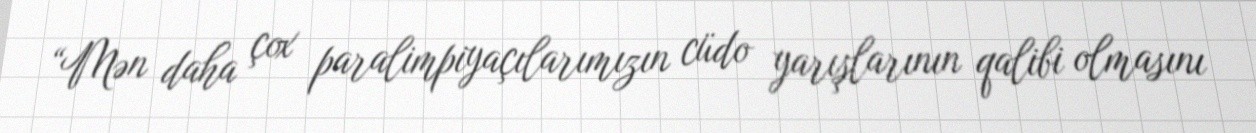
“Mən daha çox paralimpiyaçılarımızın cüdo yarışlarının qalibi olmasını